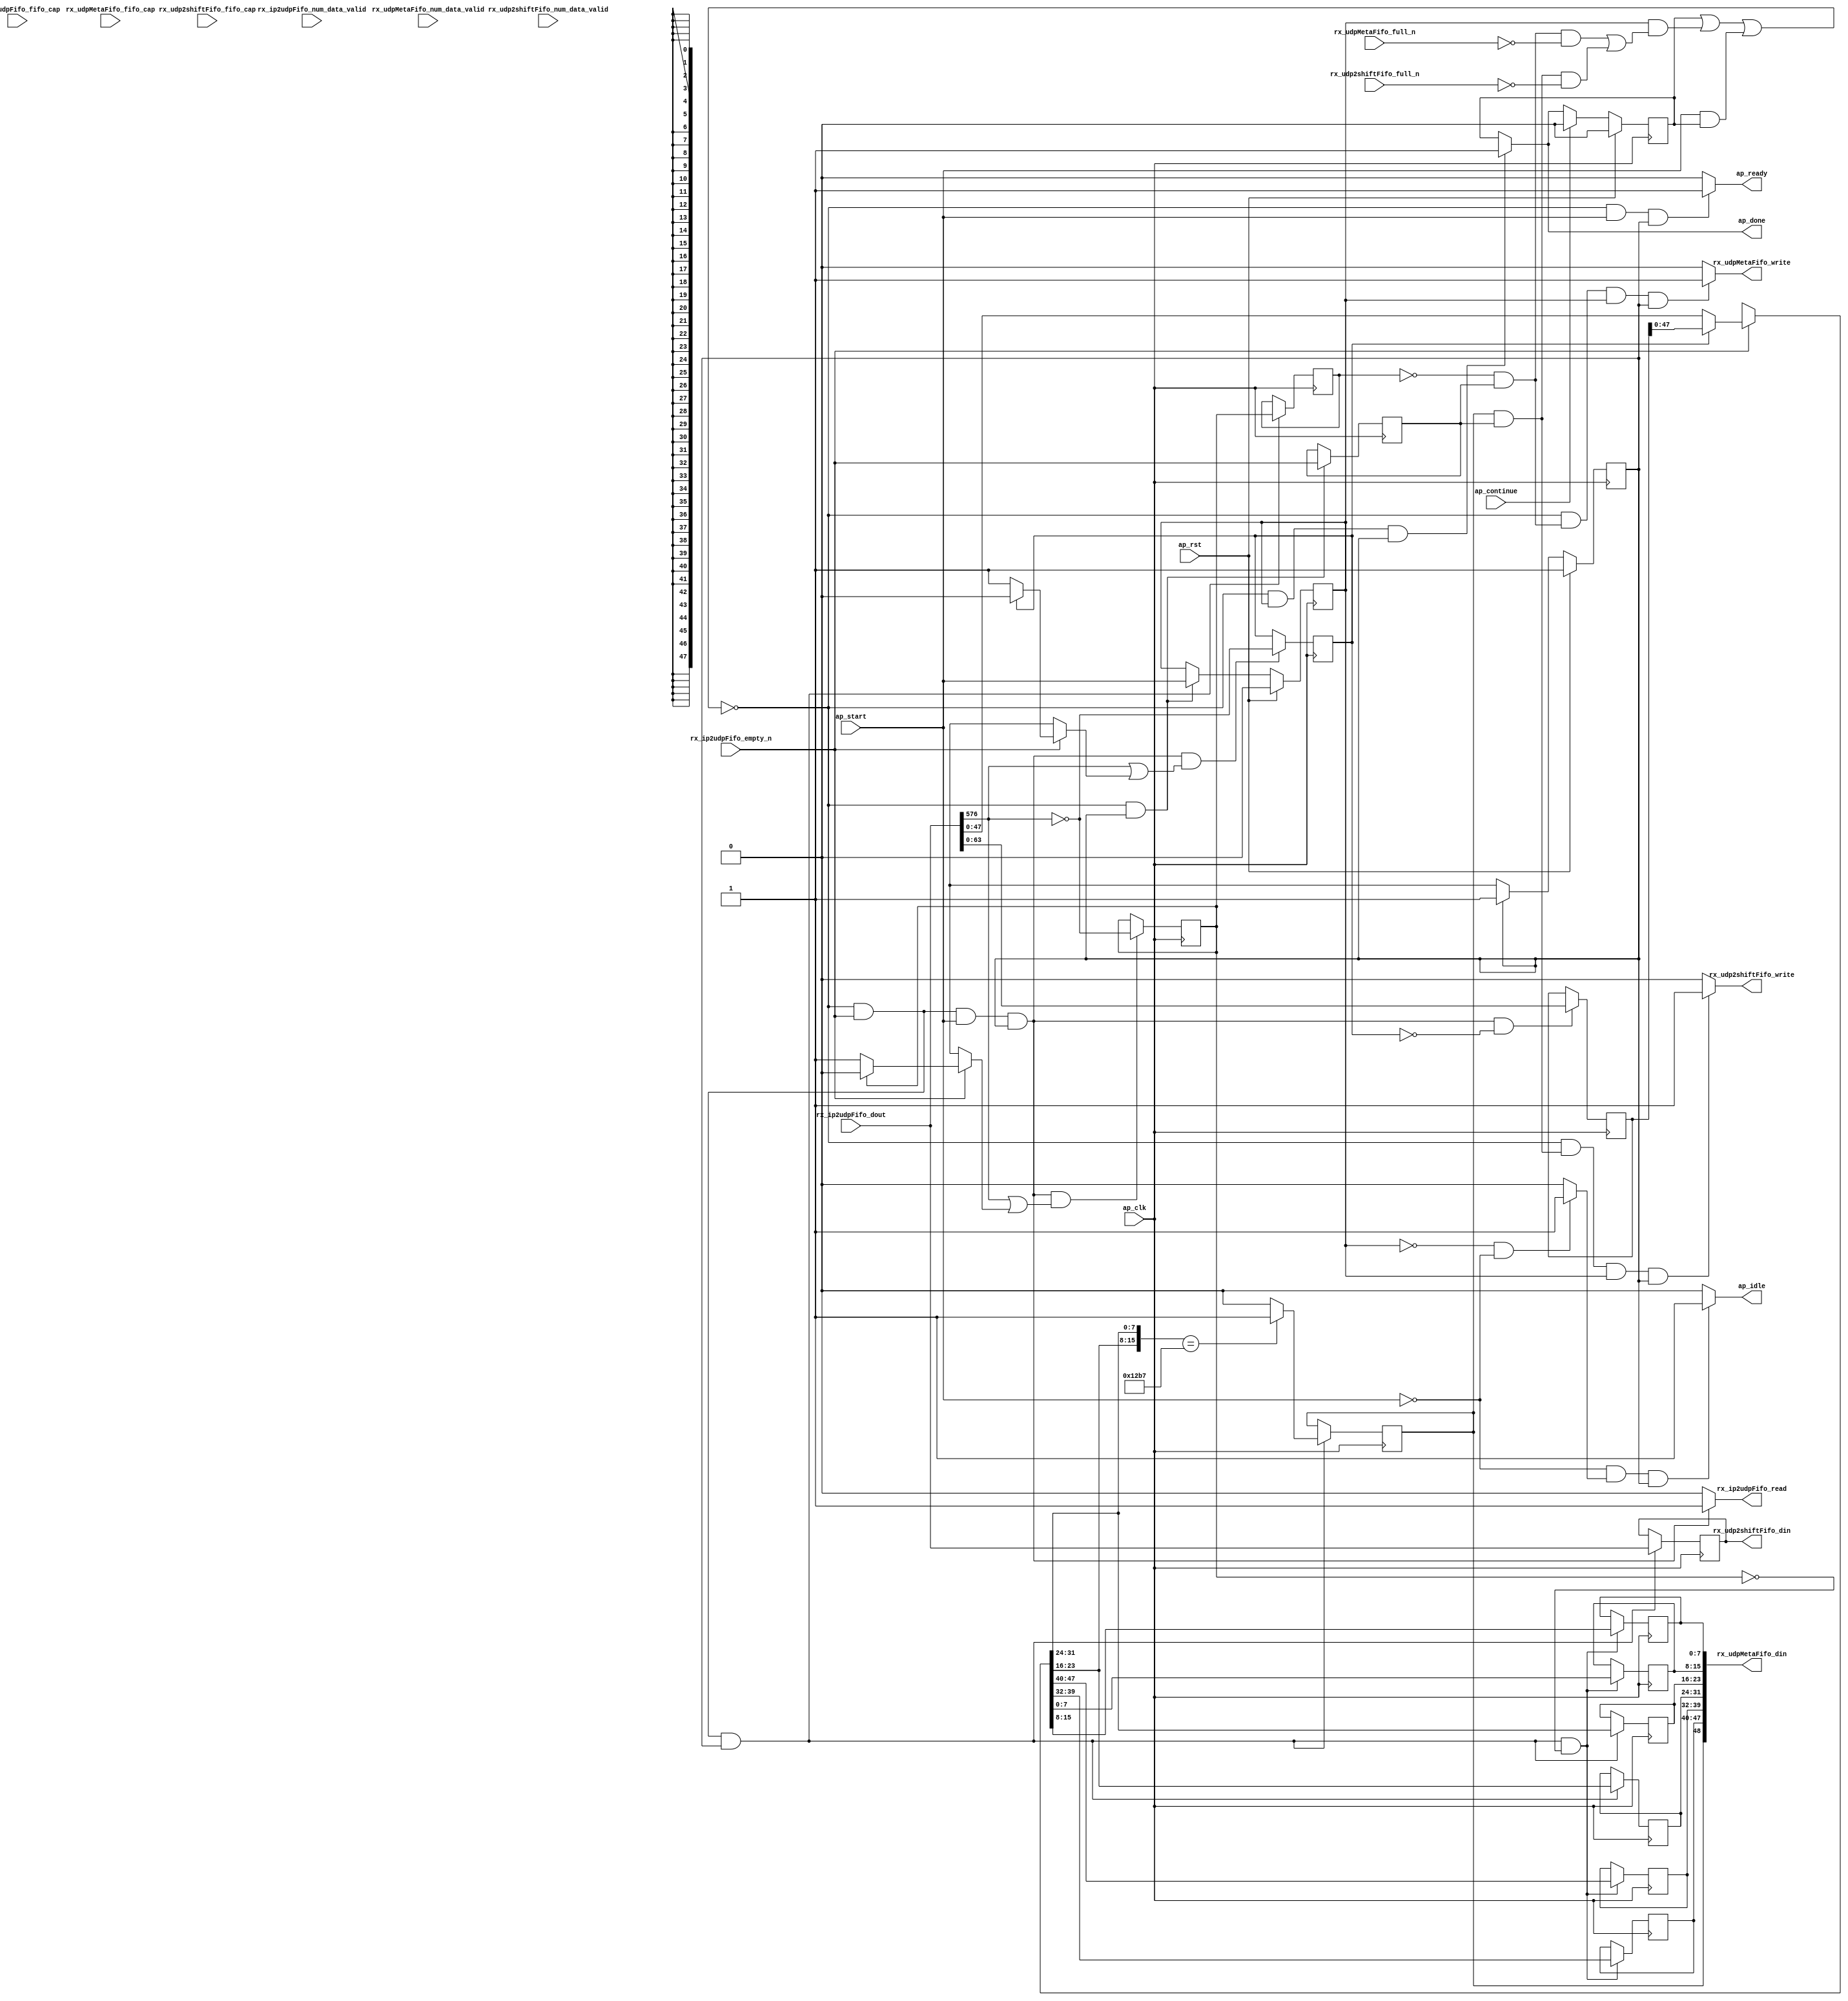
// ==============================================================
// RTL generated by Vitis HLS - High-Level Synthesis from C, C++ and OpenCL v2022.2 (64-bit)
// Version: 2022.2
// Copyright (C) Copyright 1986-2022 Xilinx, Inc. All Rights Reserved.
// 
// ===========================================================

`timescale 1 ns / 1 ps 

module rocev2_top_process_udp_512_4 (
        ap_clk,
        ap_rst,
        ap_start,
        ap_done,
        ap_continue,
        ap_idle,
        ap_ready,
        rx_ip2udpFifo_dout,
        rx_ip2udpFifo_num_data_valid,
        rx_ip2udpFifo_fifo_cap,
        rx_ip2udpFifo_empty_n,
        rx_ip2udpFifo_read,
        rx_udp2shiftFifo_din,
        rx_udp2shiftFifo_num_data_valid,
        rx_udp2shiftFifo_fifo_cap,
        rx_udp2shiftFifo_full_n,
        rx_udp2shiftFifo_write,
        rx_udpMetaFifo_din,
        rx_udpMetaFifo_num_data_valid,
        rx_udpMetaFifo_fifo_cap,
        rx_udpMetaFifo_full_n,
        rx_udpMetaFifo_write
);

parameter    ap_ST_fsm_pp0_stage0 = 1'd1;

input   ap_clk;
input   ap_rst;
input   ap_start;
output   ap_done;
input   ap_continue;
output   ap_idle;
output   ap_ready;
input  [1023:0] rx_ip2udpFifo_dout;
input  [1:0] rx_ip2udpFifo_num_data_valid;
input  [1:0] rx_ip2udpFifo_fifo_cap;
input   rx_ip2udpFifo_empty_n;
output   rx_ip2udpFifo_read;
output  [1023:0] rx_udp2shiftFifo_din;
input  [1:0] rx_udp2shiftFifo_num_data_valid;
input  [1:0] rx_udp2shiftFifo_fifo_cap;
input   rx_udp2shiftFifo_full_n;
output   rx_udp2shiftFifo_write;
output  [48:0] rx_udpMetaFifo_din;
input  [1:0] rx_udpMetaFifo_num_data_valid;
input  [1:0] rx_udpMetaFifo_fifo_cap;
input   rx_udpMetaFifo_full_n;
output   rx_udpMetaFifo_write;

reg ap_done;
reg ap_idle;
reg ap_ready;
reg rx_ip2udpFifo_read;
reg rx_udp2shiftFifo_write;
reg rx_udpMetaFifo_write;

(* fsm_encoding = "none" *) reg   [0:0] ap_CS_fsm;
wire    ap_CS_fsm_pp0_stage0;
wire    ap_enable_reg_pp0_iter0;
reg    ap_enable_reg_pp0_iter1;
reg    ap_idle_pp0;
wire   [0:0] tmp_i_nbreadreq_fu_78_p3;
reg    ap_done_reg;
reg    ap_block_state1_pp0_stage0_iter0;
reg   [0:0] tmp_i_reg_322;
reg   [0:0] icmp_ln1019_reg_344;
reg    ap_predicate_op58_write_state2;
reg   [0:0] metaWritten_2_load_reg_349;
reg    ap_predicate_op61_write_state2;
reg    ap_block_state2_pp0_stage0_iter1;
reg    ap_block_pp0_stage0_subdone;
reg   [0:0] pu_header_ready;
reg   [15:0] pu_header_idx;
reg   [63:0] pu_header_header_V;
reg   [0:0] metaWritten_2;
reg    rx_ip2udpFifo_blk_n;
wire    ap_block_pp0_stage0;
reg    rx_udp2shiftFifo_blk_n;
reg    rx_udpMetaFifo_blk_n;
reg    ap_block_pp0_stage0_11001;
reg   [1023:0] rx_ip2udpFifo_read_reg_326;
wire   [7:0] tmp_i_292_fu_194_p4;
reg   [7:0] tmp_i_292_reg_334;
wire   [7:0] tmp_121_i_fu_204_p4;
reg   [7:0] tmp_121_i_reg_339;
wire   [0:0] icmp_ln1019_fu_222_p2;
wire   [0:0] metaWritten_2_load_load_fu_228_p1;
reg   [7:0] tmp_122_i_reg_353;
wire   [7:0] trunc_ln628_fu_242_p1;
reg   [7:0] trunc_ln628_reg_358;
reg   [7:0] tmp_125_i_reg_363;
reg   [7:0] tmp_reg_368;
reg   [0:0] ap_phi_mux_pu_header_ready_flag_0_i_phi_fu_109_p4;
wire   [0:0] ap_phi_reg_pp0_iter0_pu_header_ready_flag_0_i_reg_106;
wire   [0:0] pu_header_ready_load_load_fu_155_p1;
reg   [15:0] ap_phi_mux_pu_header_idx_new_0_i_phi_fu_120_p4;
wire   [15:0] add_ln67_fu_176_p2;
wire   [15:0] ap_phi_reg_pp0_iter0_pu_header_idx_new_0_i_reg_117;
reg   [47:0] ap_phi_mux_p_Val2_34_in_i_in_phi_fu_130_p4;
wire   [47:0] trunc_ln55_fu_167_p1;
wire   [47:0] ap_phi_reg_pp0_iter0_p_Val2_34_in_i_in_reg_127;
wire   [47:0] trunc_ln368_fu_183_p1;
reg   [0:0] ap_phi_mux_metaWritten_6_flag_0_i_phi_fu_139_p4;
wire   [0:0] ap_phi_reg_pp0_iter0_metaWritten_6_flag_0_i_reg_136;
wire   [0:0] xor_ln73_fu_272_p2;
wire   [0:0] or_ln73_fu_266_p2;
wire   [15:0] select_ln73_fu_278_p3;
wire   [63:0] tmp_74_fu_172_p1;
wire   [0:0] or_ln73_1_fu_286_p2;
reg    ap_block_pp0_stage0_01001;
wire   [15:0] p_Result_s_fu_214_p3;
wire   [0:0] currWord_last_V_fu_147_p3;
reg   [0:0] ap_NS_fsm;
reg    ap_idle_pp0_0to0;
reg    ap_reset_idle_pp0;
wire    ap_enable_pp0;
wire    ap_ce_reg;

// power-on initialization
initial begin
#0 ap_CS_fsm = 1'd1;
#0 ap_enable_reg_pp0_iter1 = 1'b0;
#0 ap_done_reg = 1'b0;
#0 pu_header_ready = 1'd0;
#0 pu_header_idx = 16'd0;
#0 pu_header_header_V = 64'd0;
#0 metaWritten_2 = 1'd0;
end

always @ (posedge ap_clk) begin
    if (ap_rst == 1'b1) begin
        ap_CS_fsm <= ap_ST_fsm_pp0_stage0;
    end else begin
        ap_CS_fsm <= ap_NS_fsm;
    end
end

always @ (posedge ap_clk) begin
    if (ap_rst == 1'b1) begin
        ap_done_reg <= 1'b0;
    end else begin
        if ((ap_continue == 1'b1)) begin
            ap_done_reg <= 1'b0;
        end else if (((1'b0 == ap_block_pp0_stage0_subdone) & (ap_enable_reg_pp0_iter1 == 1'b1) & (1'b1 == ap_CS_fsm_pp0_stage0))) begin
            ap_done_reg <= 1'b1;
        end
    end
end

always @ (posedge ap_clk) begin
    if (ap_rst == 1'b1) begin
        ap_enable_reg_pp0_iter1 <= 1'b0;
    end else begin
        if (((1'b0 == ap_block_pp0_stage0_subdone) & (1'b1 == ap_CS_fsm_pp0_stage0))) begin
            ap_enable_reg_pp0_iter1 <= ap_start;
        end
    end
end

always @ (posedge ap_clk) begin
    if (((1'b0 == ap_block_pp0_stage0_11001) & (tmp_i_nbreadreq_fu_78_p3 == 1'd1) & (1'b1 == ap_CS_fsm_pp0_stage0))) begin
        icmp_ln1019_reg_344 <= icmp_ln1019_fu_222_p2;
        metaWritten_2_load_reg_349 <= metaWritten_2;
        rx_ip2udpFifo_read_reg_326 <= rx_ip2udpFifo_dout;
        tmp_121_i_reg_339 <= {{ap_phi_mux_p_Val2_34_in_i_in_phi_fu_130_p4[23:16]}};
        tmp_i_292_reg_334 <= {{ap_phi_mux_p_Val2_34_in_i_in_phi_fu_130_p4[31:24]}};
    end
end

always @ (posedge ap_clk) begin
    if (((1'b0 == ap_block_pp0_stage0_11001) & (tmp_i_nbreadreq_fu_78_p3 == 1'd1) & (ap_start == 1'b1) & (1'b1 == ap_CS_fsm_pp0_stage0) & (or_ln73_1_fu_286_p2 == 1'd1))) begin
        metaWritten_2 <= xor_ln73_fu_272_p2;
    end
end

always @ (posedge ap_clk) begin
    if (((1'b0 == ap_block_pp0_stage0_11001) & (tmp_i_nbreadreq_fu_78_p3 == 1'd1) & (ap_start == 1'b1) & (1'b1 == ap_CS_fsm_pp0_stage0) & (pu_header_ready_load_load_fu_155_p1 == 1'd0))) begin
        pu_header_header_V <= tmp_74_fu_172_p1;
    end
end

always @ (posedge ap_clk) begin
    if (((1'b0 == ap_block_pp0_stage0_11001) & (tmp_i_nbreadreq_fu_78_p3 == 1'd1) & (ap_start == 1'b1) & (1'b1 == ap_CS_fsm_pp0_stage0) & (or_ln73_fu_266_p2 == 1'd1))) begin
        pu_header_idx <= select_ln73_fu_278_p3;
        pu_header_ready <= xor_ln73_fu_272_p2;
    end
end

always @ (posedge ap_clk) begin
    if (((1'b0 == ap_block_pp0_stage0_11001) & (tmp_i_nbreadreq_fu_78_p3 == 1'd1) & (1'b1 == ap_CS_fsm_pp0_stage0) & (metaWritten_2_load_load_fu_228_p1 == 1'd0))) begin
        tmp_122_i_reg_353 <= {{ap_phi_mux_p_Val2_34_in_i_in_phi_fu_130_p4[15:8]}};
        tmp_125_i_reg_363 <= {{ap_phi_mux_p_Val2_34_in_i_in_phi_fu_130_p4[39:32]}};
        tmp_reg_368 <= {{ap_phi_mux_p_Val2_34_in_i_in_phi_fu_130_p4[47:40]}};
        trunc_ln628_reg_358 <= trunc_ln628_fu_242_p1;
    end
end

always @ (posedge ap_clk) begin
    if (((1'b0 == ap_block_pp0_stage0_11001) & (1'b1 == ap_CS_fsm_pp0_stage0))) begin
        tmp_i_reg_322 <= tmp_i_nbreadreq_fu_78_p3;
    end
end

always @ (*) begin
    if (((1'b0 == ap_block_pp0_stage0_subdone) & (ap_enable_reg_pp0_iter1 == 1'b1) & (1'b1 == ap_CS_fsm_pp0_stage0))) begin
        ap_done = 1'b1;
    end else begin
        ap_done = ap_done_reg;
    end
end

always @ (*) begin
    if (((ap_start == 1'b0) & (ap_idle_pp0 == 1'b1) & (1'b1 == ap_CS_fsm_pp0_stage0))) begin
        ap_idle = 1'b1;
    end else begin
        ap_idle = 1'b0;
    end
end

always @ (*) begin
    if (((ap_enable_reg_pp0_iter1 == 1'b0) & (ap_enable_reg_pp0_iter0 == 1'b0))) begin
        ap_idle_pp0 = 1'b1;
    end else begin
        ap_idle_pp0 = 1'b0;
    end
end

always @ (*) begin
    if ((ap_enable_reg_pp0_iter0 == 1'b0)) begin
        ap_idle_pp0_0to0 = 1'b1;
    end else begin
        ap_idle_pp0_0to0 = 1'b0;
    end
end

always @ (*) begin
    if ((tmp_i_nbreadreq_fu_78_p3 == 1'd1)) begin
        if ((metaWritten_2_load_load_fu_228_p1 == 1'd0)) begin
            ap_phi_mux_metaWritten_6_flag_0_i_phi_fu_139_p4 = 1'd1;
        end else if ((metaWritten_2_load_load_fu_228_p1 == 1'd1)) begin
            ap_phi_mux_metaWritten_6_flag_0_i_phi_fu_139_p4 = 1'd0;
        end else begin
            ap_phi_mux_metaWritten_6_flag_0_i_phi_fu_139_p4 = ap_phi_reg_pp0_iter0_metaWritten_6_flag_0_i_reg_136;
        end
    end else begin
        ap_phi_mux_metaWritten_6_flag_0_i_phi_fu_139_p4 = ap_phi_reg_pp0_iter0_metaWritten_6_flag_0_i_reg_136;
    end
end

always @ (*) begin
    if ((tmp_i_nbreadreq_fu_78_p3 == 1'd1)) begin
        if ((pu_header_ready_load_load_fu_155_p1 == 1'd0)) begin
            ap_phi_mux_p_Val2_34_in_i_in_phi_fu_130_p4 = trunc_ln368_fu_183_p1;
        end else if ((pu_header_ready_load_load_fu_155_p1 == 1'd1)) begin
            ap_phi_mux_p_Val2_34_in_i_in_phi_fu_130_p4 = trunc_ln55_fu_167_p1;
        end else begin
            ap_phi_mux_p_Val2_34_in_i_in_phi_fu_130_p4 = ap_phi_reg_pp0_iter0_p_Val2_34_in_i_in_reg_127;
        end
    end else begin
        ap_phi_mux_p_Val2_34_in_i_in_phi_fu_130_p4 = ap_phi_reg_pp0_iter0_p_Val2_34_in_i_in_reg_127;
    end
end

always @ (*) begin
    if (((tmp_i_nbreadreq_fu_78_p3 == 1'd1) & (pu_header_ready_load_load_fu_155_p1 == 1'd0))) begin
        ap_phi_mux_pu_header_idx_new_0_i_phi_fu_120_p4 = add_ln67_fu_176_p2;
    end else begin
        ap_phi_mux_pu_header_idx_new_0_i_phi_fu_120_p4 = ap_phi_reg_pp0_iter0_pu_header_idx_new_0_i_reg_117;
    end
end

always @ (*) begin
    if ((tmp_i_nbreadreq_fu_78_p3 == 1'd1)) begin
        if ((pu_header_ready_load_load_fu_155_p1 == 1'd0)) begin
            ap_phi_mux_pu_header_ready_flag_0_i_phi_fu_109_p4 = 1'd1;
        end else if ((pu_header_ready_load_load_fu_155_p1 == 1'd1)) begin
            ap_phi_mux_pu_header_ready_flag_0_i_phi_fu_109_p4 = 1'd0;
        end else begin
            ap_phi_mux_pu_header_ready_flag_0_i_phi_fu_109_p4 = ap_phi_reg_pp0_iter0_pu_header_ready_flag_0_i_reg_106;
        end
    end else begin
        ap_phi_mux_pu_header_ready_flag_0_i_phi_fu_109_p4 = ap_phi_reg_pp0_iter0_pu_header_ready_flag_0_i_reg_106;
    end
end

always @ (*) begin
    if (((1'b0 == ap_block_pp0_stage0_subdone) & (ap_start == 1'b1) & (1'b1 == ap_CS_fsm_pp0_stage0))) begin
        ap_ready = 1'b1;
    end else begin
        ap_ready = 1'b0;
    end
end

always @ (*) begin
    if (((ap_start == 1'b0) & (ap_idle_pp0_0to0 == 1'b1))) begin
        ap_reset_idle_pp0 = 1'b1;
    end else begin
        ap_reset_idle_pp0 = 1'b0;
    end
end

always @ (*) begin
    if (((1'b0 == ap_block_pp0_stage0) & (ap_done_reg == 1'b0) & (tmp_i_nbreadreq_fu_78_p3 == 1'd1) & (ap_start == 1'b1) & (1'b1 == ap_CS_fsm_pp0_stage0))) begin
        rx_ip2udpFifo_blk_n = rx_ip2udpFifo_empty_n;
    end else begin
        rx_ip2udpFifo_blk_n = 1'b1;
    end
end

always @ (*) begin
    if (((1'b0 == ap_block_pp0_stage0_11001) & (tmp_i_nbreadreq_fu_78_p3 == 1'd1) & (ap_start == 1'b1) & (1'b1 == ap_CS_fsm_pp0_stage0))) begin
        rx_ip2udpFifo_read = 1'b1;
    end else begin
        rx_ip2udpFifo_read = 1'b0;
    end
end

always @ (*) begin
    if (((1'b0 == ap_block_pp0_stage0) & (ap_predicate_op58_write_state2 == 1'b1) & (ap_enable_reg_pp0_iter1 == 1'b1) & (1'b1 == ap_CS_fsm_pp0_stage0))) begin
        rx_udp2shiftFifo_blk_n = rx_udp2shiftFifo_full_n;
    end else begin
        rx_udp2shiftFifo_blk_n = 1'b1;
    end
end

always @ (*) begin
    if (((1'b0 == ap_block_pp0_stage0_11001) & (ap_predicate_op58_write_state2 == 1'b1) & (ap_enable_reg_pp0_iter1 == 1'b1) & (1'b1 == ap_CS_fsm_pp0_stage0))) begin
        rx_udp2shiftFifo_write = 1'b1;
    end else begin
        rx_udp2shiftFifo_write = 1'b0;
    end
end

always @ (*) begin
    if (((1'b0 == ap_block_pp0_stage0) & (ap_predicate_op61_write_state2 == 1'b1) & (ap_enable_reg_pp0_iter1 == 1'b1) & (1'b1 == ap_CS_fsm_pp0_stage0))) begin
        rx_udpMetaFifo_blk_n = rx_udpMetaFifo_full_n;
    end else begin
        rx_udpMetaFifo_blk_n = 1'b1;
    end
end

always @ (*) begin
    if (((1'b0 == ap_block_pp0_stage0_11001) & (ap_predicate_op61_write_state2 == 1'b1) & (ap_enable_reg_pp0_iter1 == 1'b1) & (1'b1 == ap_CS_fsm_pp0_stage0))) begin
        rx_udpMetaFifo_write = 1'b1;
    end else begin
        rx_udpMetaFifo_write = 1'b0;
    end
end

always @ (*) begin
    case (ap_CS_fsm)
        ap_ST_fsm_pp0_stage0 : begin
            ap_NS_fsm = ap_ST_fsm_pp0_stage0;
        end
        default : begin
            ap_NS_fsm = 'bx;
        end
    endcase
end

assign add_ln67_fu_176_p2 = (pu_header_idx + 16'd1);

assign ap_CS_fsm_pp0_stage0 = ap_CS_fsm[32'd0];

assign ap_block_pp0_stage0 = ~(1'b1 == 1'b1);

always @ (*) begin
    ap_block_pp0_stage0_01001 = ((ap_done_reg == 1'b1) | ((ap_enable_reg_pp0_iter1 == 1'b1) & (((ap_predicate_op61_write_state2 == 1'b1) & (rx_udpMetaFifo_full_n == 1'b0)) | ((ap_predicate_op58_write_state2 == 1'b1) & (rx_udp2shiftFifo_full_n == 1'b0)))) | ((ap_start == 1'b1) & ((ap_done_reg == 1'b1) | ((tmp_i_nbreadreq_fu_78_p3 == 1'd1) & (rx_ip2udpFifo_empty_n == 1'b0)))));
end

always @ (*) begin
    ap_block_pp0_stage0_11001 = ((ap_done_reg == 1'b1) | ((ap_enable_reg_pp0_iter1 == 1'b1) & (((ap_predicate_op61_write_state2 == 1'b1) & (rx_udpMetaFifo_full_n == 1'b0)) | ((ap_predicate_op58_write_state2 == 1'b1) & (rx_udp2shiftFifo_full_n == 1'b0)))) | ((ap_start == 1'b1) & ((ap_done_reg == 1'b1) | ((tmp_i_nbreadreq_fu_78_p3 == 1'd1) & (rx_ip2udpFifo_empty_n == 1'b0)))));
end

always @ (*) begin
    ap_block_pp0_stage0_subdone = ((ap_done_reg == 1'b1) | ((ap_enable_reg_pp0_iter1 == 1'b1) & (((ap_predicate_op61_write_state2 == 1'b1) & (rx_udpMetaFifo_full_n == 1'b0)) | ((ap_predicate_op58_write_state2 == 1'b1) & (rx_udp2shiftFifo_full_n == 1'b0)))) | ((ap_start == 1'b1) & ((ap_done_reg == 1'b1) | ((tmp_i_nbreadreq_fu_78_p3 == 1'd1) & (rx_ip2udpFifo_empty_n == 1'b0)))));
end

always @ (*) begin
    ap_block_state1_pp0_stage0_iter0 = ((ap_done_reg == 1'b1) | ((tmp_i_nbreadreq_fu_78_p3 == 1'd1) & (rx_ip2udpFifo_empty_n == 1'b0)));
end

always @ (*) begin
    ap_block_state2_pp0_stage0_iter1 = (((ap_predicate_op61_write_state2 == 1'b1) & (rx_udpMetaFifo_full_n == 1'b0)) | ((ap_predicate_op58_write_state2 == 1'b1) & (rx_udp2shiftFifo_full_n == 1'b0)));
end

assign ap_enable_pp0 = (ap_idle_pp0 ^ 1'b1);

assign ap_enable_reg_pp0_iter0 = ap_start;

assign ap_phi_reg_pp0_iter0_metaWritten_6_flag_0_i_reg_136 = 'bx;

assign ap_phi_reg_pp0_iter0_p_Val2_34_in_i_in_reg_127 = 'bx;

assign ap_phi_reg_pp0_iter0_pu_header_idx_new_0_i_reg_117 = 'bx;

assign ap_phi_reg_pp0_iter0_pu_header_ready_flag_0_i_reg_106 = 'bx;

always @ (*) begin
    ap_predicate_op58_write_state2 = ((icmp_ln1019_reg_344 == 1'd1) & (tmp_i_reg_322 == 1'd1));
end

always @ (*) begin
    ap_predicate_op61_write_state2 = ((metaWritten_2_load_reg_349 == 1'd0) & (tmp_i_reg_322 == 1'd1));
end

assign currWord_last_V_fu_147_p3 = rx_ip2udpFifo_dout[1024'd576];

assign icmp_ln1019_fu_222_p2 = ((p_Result_s_fu_214_p3 == 16'd4791) ? 1'b1 : 1'b0);

assign metaWritten_2_load_load_fu_228_p1 = metaWritten_2;

assign or_ln73_1_fu_286_p2 = (currWord_last_V_fu_147_p3 | ap_phi_mux_metaWritten_6_flag_0_i_phi_fu_139_p4);

assign or_ln73_fu_266_p2 = (currWord_last_V_fu_147_p3 | ap_phi_mux_pu_header_ready_flag_0_i_phi_fu_109_p4);

assign p_Result_s_fu_214_p3 = {{tmp_121_i_fu_204_p4}, {tmp_i_292_fu_194_p4}};

assign pu_header_ready_load_load_fu_155_p1 = pu_header_ready;

assign rx_udp2shiftFifo_din = rx_ip2udpFifo_read_reg_326;

assign rx_udpMetaFifo_din = {{{{{{{icmp_ln1019_reg_344}, {tmp_125_i_reg_363}}, {tmp_reg_368}}, {tmp_121_i_reg_339}}, {tmp_i_292_reg_334}}, {trunc_ln628_reg_358}}, {tmp_122_i_reg_353}};

assign select_ln73_fu_278_p3 = ((currWord_last_V_fu_147_p3[0:0] == 1'b1) ? 16'd0 : ap_phi_mux_pu_header_idx_new_0_i_phi_fu_120_p4);

assign tmp_121_i_fu_204_p4 = {{ap_phi_mux_p_Val2_34_in_i_in_phi_fu_130_p4[23:16]}};

assign tmp_74_fu_172_p1 = rx_ip2udpFifo_dout[63:0];

assign tmp_i_292_fu_194_p4 = {{ap_phi_mux_p_Val2_34_in_i_in_phi_fu_130_p4[31:24]}};

assign tmp_i_nbreadreq_fu_78_p3 = rx_ip2udpFifo_empty_n;

assign trunc_ln368_fu_183_p1 = rx_ip2udpFifo_dout[47:0];

assign trunc_ln55_fu_167_p1 = pu_header_header_V[47:0];

assign trunc_ln628_fu_242_p1 = ap_phi_mux_p_Val2_34_in_i_in_phi_fu_130_p4[7:0];

assign xor_ln73_fu_272_p2 = (currWord_last_V_fu_147_p3 ^ 1'd1);

endmodule //rocev2_top_process_udp_512_4